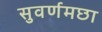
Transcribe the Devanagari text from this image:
सुवर्णमछा